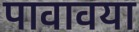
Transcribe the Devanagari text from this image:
पावावया